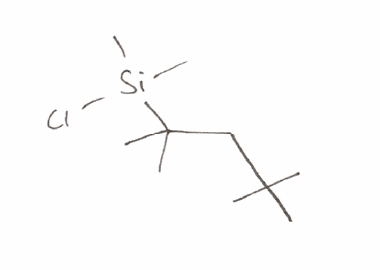
Simplified molecular-input line-entry system (SMILES) notation of the given molecule:
CC(C)(C)CC(C)(C)[Si](C)(C)Cl